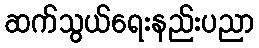
ဆက်သွယ်ရေးနည်းပညာ